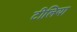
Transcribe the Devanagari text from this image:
टीलिया